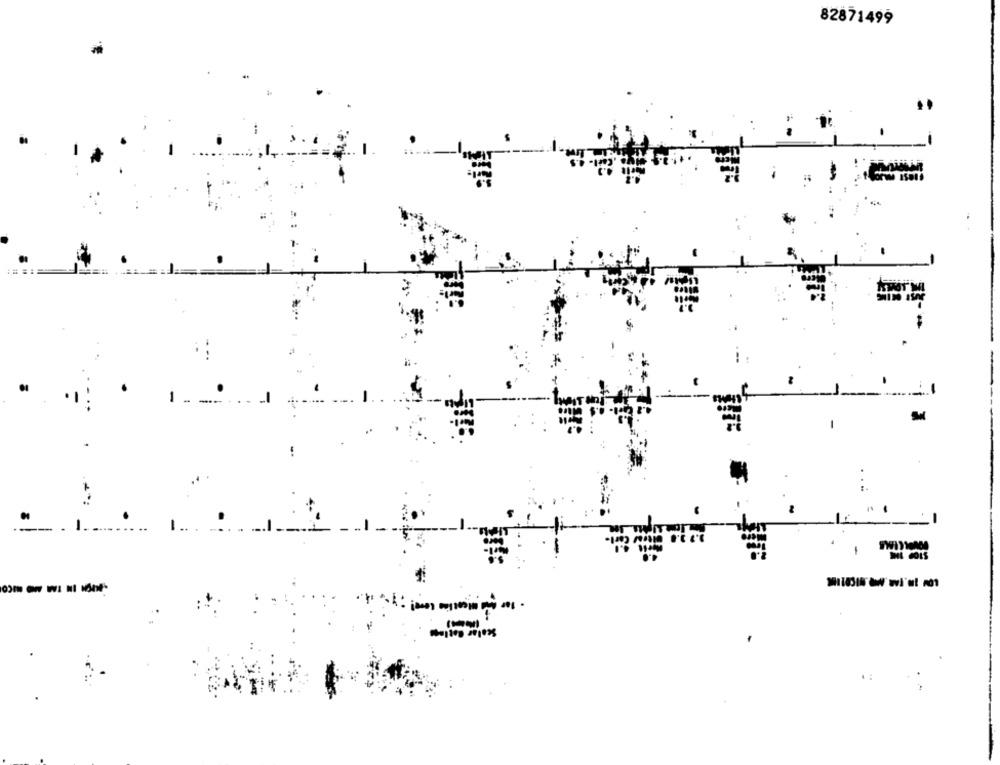
82871499
1
.: